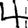
Digit: 4